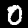
Digit: 0